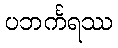
ပဘင်္ကရဿ